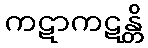
ကဋာကဋန္တိ